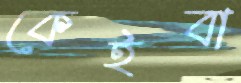
কেইবা